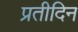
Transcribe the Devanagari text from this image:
प्रतीदिन